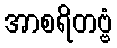
အာစရိတဗ္ဗံ